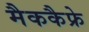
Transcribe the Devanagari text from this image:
मैककैफ्रे